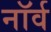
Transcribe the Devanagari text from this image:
नॉर्व